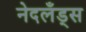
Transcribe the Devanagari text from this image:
नेदलँड्स